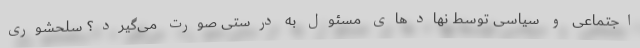
اجتماعی و سیاسی توسط نهادهای مسئول به درستی صورت می‌گیرد؟ سلحشوری